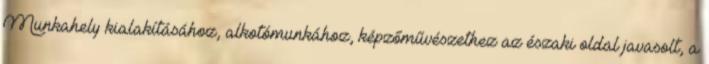
Munkahely kialakításához, alkotómunkához, képzőművészethez az északi oldal javasolt, a